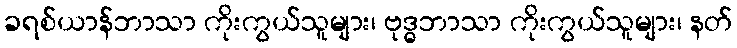
ခရစ်ယာန်ဘာသာ ကိုးကွယ်သူများ၊ ဗုဒ္ဓဘာသာ ကိုးကွယ်သူများ၊ နတ်